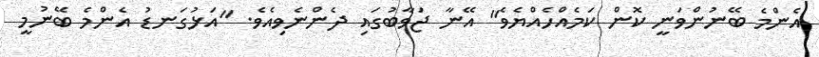
އެންމެ ބޭނުންވަނީ ކޮން ކަމެއްހެއްޔެވެ" އޭނާ ޖަވާބުގައި ދެންނެވިއެވެ. "އަޅުގަނޑު އެންމެ ބޭނުމީ